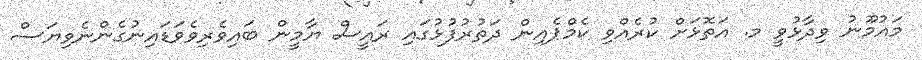
މައުމޫނު ވިދާޅުވީ މ. އަތޮޅަށް ކުރެއްވި ކެމްޕެއިން ދަތުރުފުޅުގައި ރައީސް ޔާމީން ބައިވެރިވެވަޑައިނުގެންނެވިޔަސް